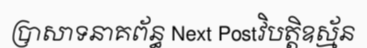
ប្រាសាទនាគព័ន្ធ Next Postវិបត្តិឧស្ម័ន